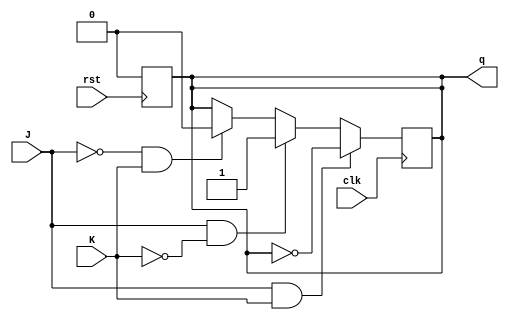
module JKFF(J,K,clk,rst,q);
input J,K,clk,rst;
output q;
reg q;
always @(posedge clk) begin
	if (J==1 & K==1) begin
		q<=~q; //Toggles
		
	end
	else if (J==1 & K==0) begin
		q<=1; //Set
	end
	else if(J==0 & K==1) begin
		q<=0; //Reset
	end
	else if(J==0 & K==0) begin
		q<=q; //No Change
	end
end
always @(posedge rst) begin
	q <= 0;
end
endmodule